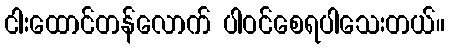
ငါးထောင်တန်လောက် ပါဝင်စေရပါသေးတယ်။